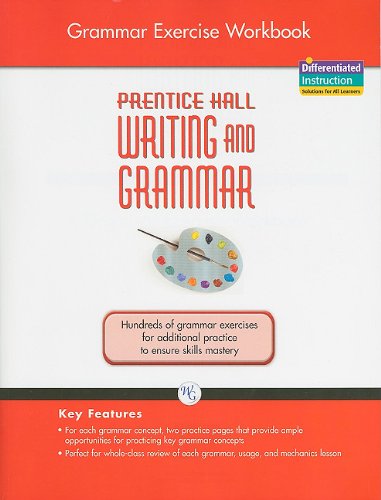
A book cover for Prentice Hall writing and grammar Grade 8, Grammar Exercise Workbook; PRENTICE HALL; Teen & Young Adult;